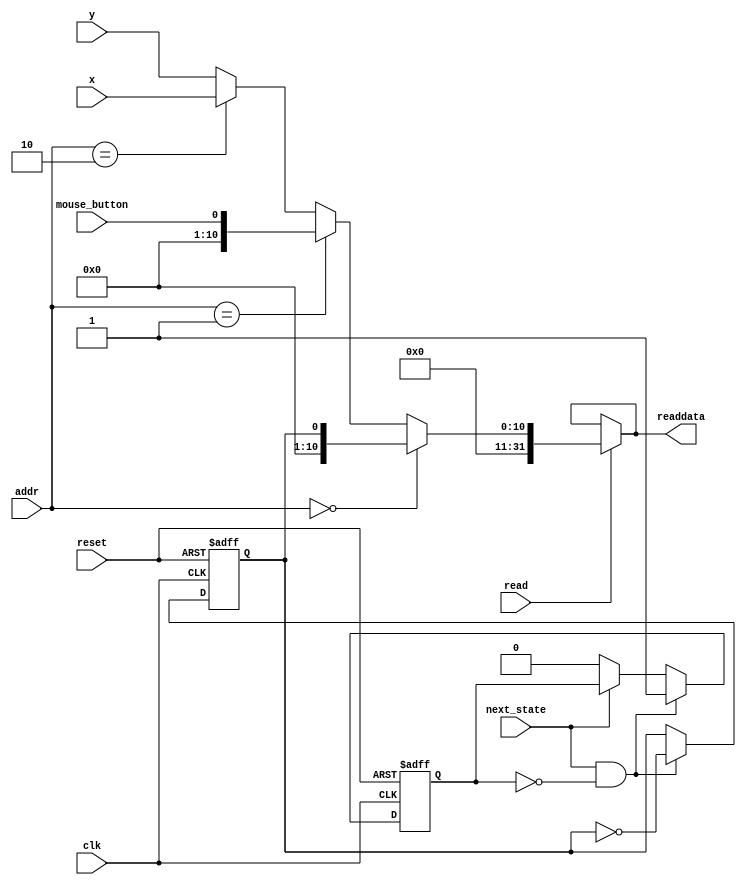

// Address Value
// 00      NextState
// 01      LeftButton
// 10      X
// 11      Y

module state(
	input clk,
	input [10:0] x,
	input [10:0] y,
	input mouse_button, // button is pressed if this wire changes
	input next_state,	// key is pressed if this wire is high
	input [1:0] addr,
	input read,
	input reset,
	output [31:0] readdata
	);
	
	reg newstate = 1'b0;
	reg processing = 1'b0;
	
	assign readdata = !read           ? readdata :
					  (addr == 2'b00) ? {{31{1'b0}}, newstate} :
					  (addr == 2'b01) ? {{31{1'b0}}, mouse_button} :
					  (addr == 2'b10) ? {{21{1'b0}}, x} : {{21{1'b0}}, y};
	
	always @(posedge clk, posedge reset) begin
		if (reset) begin
			newstate <= 1'b0;
			processing <= 1'b0;
		end else begin
			if (next_state && !processing) begin
				newstate <= !newstate;
				processing <= 1'b1;
			end else if (!next_state) begin
				processing <= 1'b0;
			end
		end
	end
	
endmodule